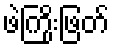
ဖဲကြိုးဖြတ်